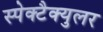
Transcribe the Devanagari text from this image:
स्पेक्टैक्युलर